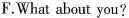
F.What about you?